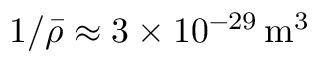
1 / \bar { \rho } \approx 3 \times 1 0 ^ { - 2 9 } \, \mathrm { m ^ { 3 } }